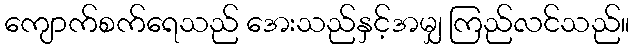
ကျောက်စက်ရေသည် အေးသည်နှင့်အမျှ ကြည်လင်သည်။